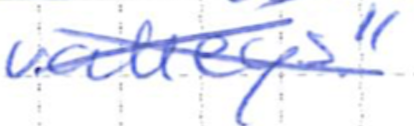
Text: valleys."
Cross-out: cross
Writing tool: ballpoint